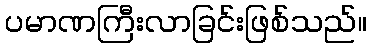
ပမာဏကြီးလာခြင်းဖြစ်သည်။